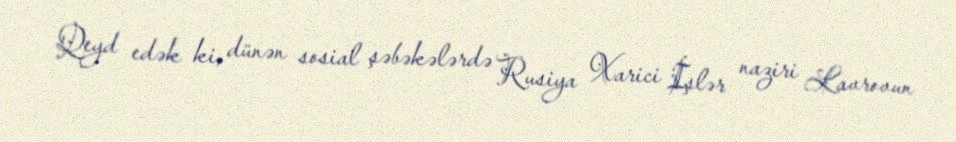
Qeyd edək ki, dünən sosial şəbəkələrdə Rusiya Xarici İşlər naziri Lavrovun